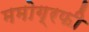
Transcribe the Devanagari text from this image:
ममोग्रफी